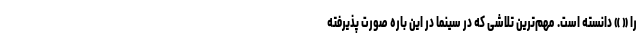
را « » دانسته است. مهم‌ترین تلاشی که در سینما در این باره صورت پذیرفته